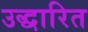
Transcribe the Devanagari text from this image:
उद्धारित